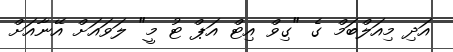
އަދި މިއަލްބަމް ގެ "ގިވް އިޓް އަޕް ޓު މީ" ލަވައަށް އޭނާއަށް